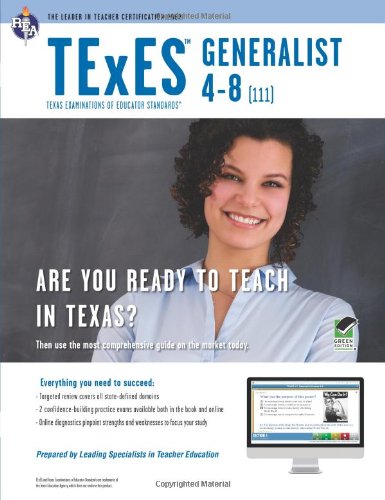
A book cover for TExES Generalist 4-8 (111) Book + Online (TExES Teacher Certification Test Prep); Dr. Peggy Semingson Ph.D.; Test Preparation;